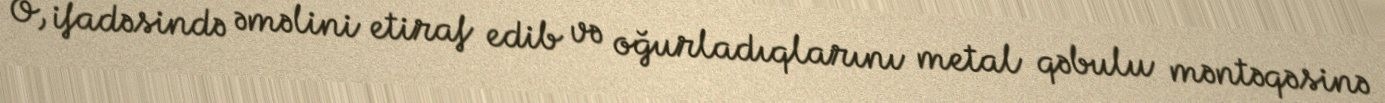
O, ifadəsində əməlini etiraf edib və oğurladıqlarını metal qəbulu məntəqəsinə